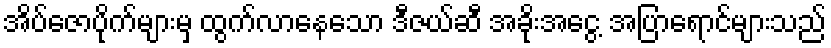
အိပ်ဇောပိုက်များမှ ထွက်လာနေသော ဒီဇယ်ဆီ အခိုးအငွေ့ အပြာရောင်များသည်